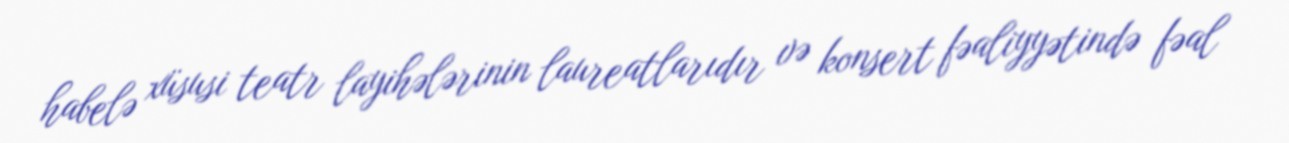
habelə xüsusi teatr layihələrinin laureatlarıdır və konsert fəaliyyətində fəal